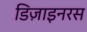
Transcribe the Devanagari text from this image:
डिज़ाइनरस